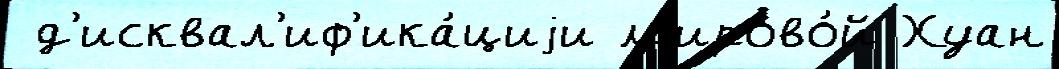
 д'исквал'иф'ика́циjи м'ирово́й Хуан